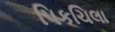
પિકચિલા